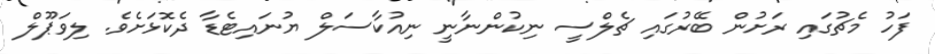
ފަހު މެޗުގައި ރަށުން ބޭރުގައި ޗެލްސީ ނިކުންނާނީ ނިއުކާސަލް ޔުނައިޓެޑާ ދެކޮޅަށެވެ. ލިވަޕޫލް